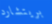
بريتشارد